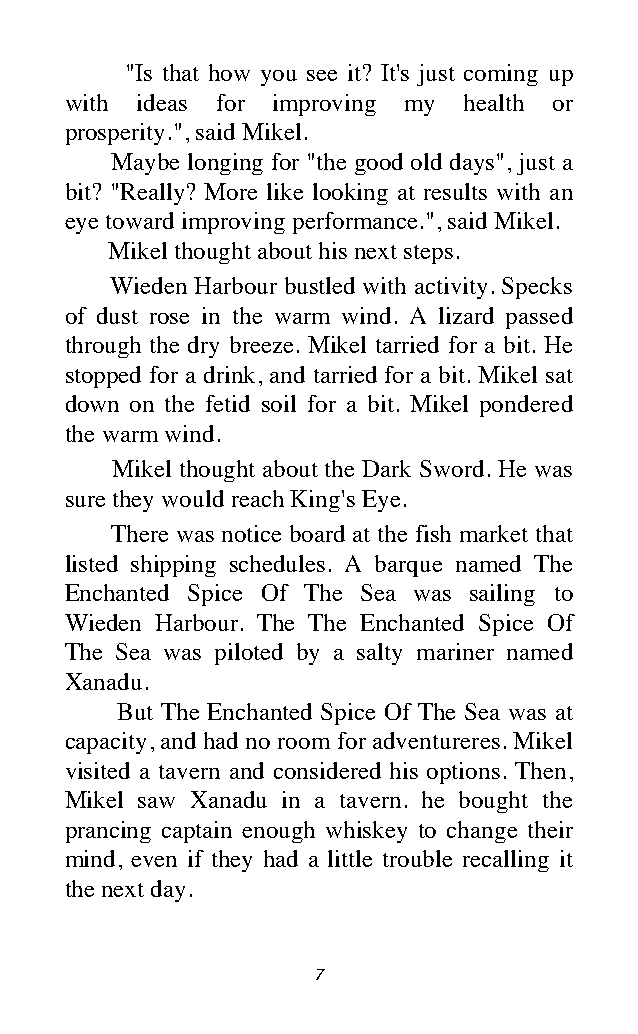
"Is that how you see it? It's just coming up
 with ideas for improving my health or
 prosperity.", said Mikel.
 Maybe longing for "the good old days", just a
 bit? "Really? More like looking at results with an
 eye toward improving performance.", said Mikel.
 Mikel thought about his next steps.
 Wieden Harbour bustled with activity. Specks
 of dust rose in the warm wind. A lizard passed
 through the dry breeze. Mikel tarried for a bit. He
 stopped for a drink, and tarried for a bit. Mikel sat
 down on the fetid soil for a bit. Mikel pondered
 the warm wind.
 Mikel thought about the Dark Sword. He was
 sure they would reach King's Eye.
 There was notice board at the fish market that
 listed shipping schedules. A barque named The
 Enchanted Spice Of The Sea was sailing to
 Wieden Harbour. The The Enchanted Spice Of
 The Sea was piloted by a salty mariner named
 Xanadu.
 But The Enchanted Spice Of The Sea was at
 capacity, and had no room for adventureres. Mikel
 visited a tavern and considered his options. Then,
 Mikel saw Xanadu in a tavern. he bought the
 prancing captain enough whiskey to change their
 mind, even if they had a little trouble recalling it
 the next day.
 7